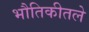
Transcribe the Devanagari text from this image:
भौतिकीतले